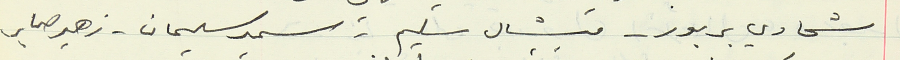
شحادي بربور - ميشال سليم - سمير سليمان - زهير صابر